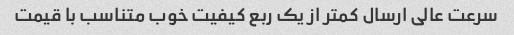
سرعت عالی ارسال کمتر از یک ربع کیفیت خوب متناسب با قیمت